Insane asylums in Bengal annual reports 1867-1875 - 1867-1875
Year: 1867
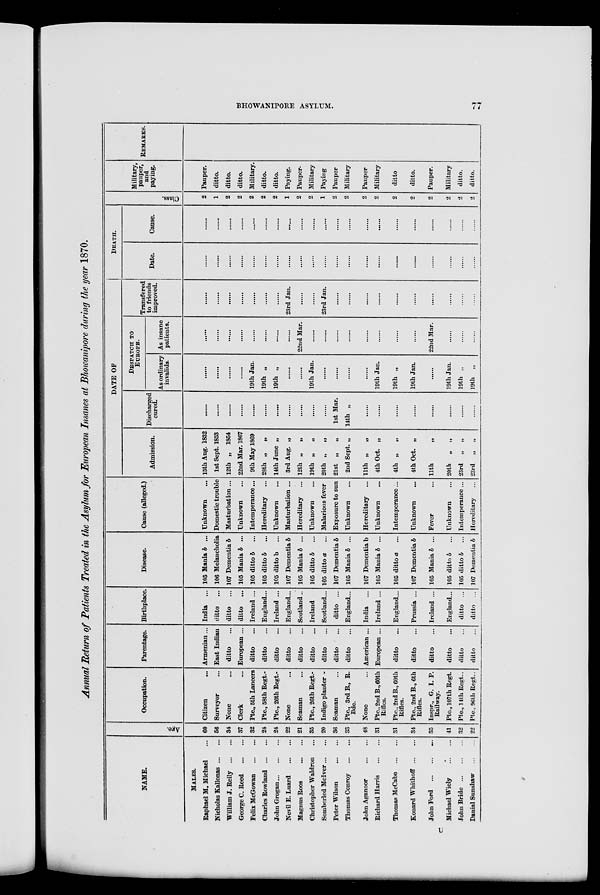
BHOWANIPORE ASYLUM.
77
Annual Return of Patients Treated in the Asylum for European Insanes at Bhowanipore during the year 1870.
NAME.
MALES.
Raphael M. Michael ...
Nicholas Kallonas ... ...
William J. Reily
...
...
George C. Reed
...
...
Felix McGowan
...
...
Charles Rowland
...
...
John Grogan ... ... ...
Nevil E. Luard
...
...
Magnus Roos
...
...
Christopher Waldron ...
Somberled McIver ... ...
Peter Wilson
...
...
Thomas Conroy
...
...
John Aganoor
...
...
Richard Harris
...
...
Thomas McCabe
...
...
Konard Whithoff
...
...
John Ford
...
...
...
Michael Wiely
...
...
John Bride
...
...
...
Danial Sunshaw
...
...
Age.
60
56
34
37
32
24
24
22
21
35
20
36
33
48
31
31
34
35
41
32
22
Occupation.
Citizen ...
Surveyor ...
None ...
Clerk ...
Pte., 5th Lancers
Pte., 58th Regt.
Pte., 26th Regt.
None ...
Seaman ...
Pte., 26th Regt.-
Indigo plauter -
Seaman ...
Pte., 3rd B., R.
Bde.
None ...
Pte.,2nd B.,60th
Rifles.
Pte.,2ndB.,60th
Rifles.
Pte., 2nd B., 6th
Rifles.
Inspr., G. I. P.
Railway.
Pte., 107 th Regt.
Pte., 14th Regt..
Pte., 96th Regt..
Parentage.
Armenian ...
East Indian
ditto ...
European ...
ditto ...
ditto ...
ditto ...
ditto ...
ditto ...
ditto ...
ditto ...
ditto ...
ditto ...
American ...
European ...
ditto ...
ditto ...
ditto ...
ditto ...
ditto ...
ditto ...
Birthplace.
India ...
ditto ...
ditto ...
ditto ...
Ireland ...
England ...
Ireland ...
England ...
Scotland ...
Ireland ...
Scotland ...
ditto ...
England ...
India ...
Ireland ...
England ...
Prussia ...
Ireland ...
England ...
ditto ...
ditto ...
Disease.
105 Mania b ...
106 Melancholia
107 Dementia b
105 Mania b ...
105 ditto b
...
105 ditto b ...
105 ditto b
...
107 Dementia b
105 Mania b ...
105 ditto b
...
105 ditto a ...
107 Dementia b
105 Mania b ...
107 Dementia b
105 Mania b ...
105 ditto a ...
107 Dementia b
105 Mania b ...
105 ditto b
...
105 ditto b
...
107 Dementia b
Cause (alleged.)
Unknown ...
Domestic trouble
Masturbation ...
Unknown ...
Intemperance ...
Hereditary ...
Unknown ...
Masturbation ...
Hereditary ...
Unknown ...
Malarions fever
Exposure to sun
Unknown ...
Hereditary ...
Unknown ...
Intemperance ...
Unknown ...
Fever ...
Unknown ...
Intemperance ...
Hereditary ...
DATE OF
Admission.
15th Aug. 1832
1 st Sept. 1853
12th „ 1854
22nd Mar. 1867
9th May 1869
28th „
„
14th June „
3 rd Aug. „
12th „
„
19th „
„
20th „
„
21st „
„
2nd Sept. „
11th „
„
4th Oct. „
4th „
„
4th Oct. „
11 th
„
20th „
„
23rd „
„
23rd „
„
Discharged
cured.
.......
.......
.......
.......
.......
.......
.......
.......
.......
.......
.......
1st Mar.
14th „
.......
.......
.......
.......
.......
.......
.......
........
DESPATCH
TO
EUROPE.
As ordinary
invalids.
.......
.......
.......
.......
19th Jan.
19th „
19th „
.......
.......
19th Jan.
.......
.......
.......
.......
19th Jan.
19th „
19th Jan.
.......
19th Jan.
19th „
19th „
As insane
patients.
.......
.......
.......
.......
.......
.......
.......
.......
22nd Mar.
.......
.......
.......
.......
.......
.......
.......
.......
22nd Mar.
.......
.......
.......
Transfered
to friends
improved.
.......
.......
.......
.......
.......
.......
.......
23rd Jan.
.......
.......
23rd Jan.
.......
.......
.......
.......
.......
.......
.......
.......
.......
.......
DEATH.
Date.
.......
.......
.......
.......
.......
.......
.......
.......
.......
.......
.......
.......
.......
.......
.......
.......
.......
.......
.......
.......
.......
Cause.
.......
.......
.......
.......
.......
.......
.......
.......
.......
.......
.......
.......
.......
.......
.......
.......
.......
.......
.......
.......
.......
Class.
2
1
2
2
2
2
2
1
2
2
1
2
2
2
2
2
2
2
2
2
2
Military,
pauper,
and
paying.
Pauper.
ditto.
ditto.
ditto.
Military.
ditto.
ditto.
Paying.
Pauper.
Military
Paying
Pauper
Military
Pauper
Military
ditto.
ditto.
Pauper.
Military
ditto.
ditto.
REMARKS.
U